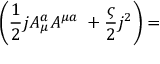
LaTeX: \left( \frac { 1 } { 2 } j A _ { \mu } ^ { a } A ^ { \mu a } \; + \frac { \varsigma } { 2 } j ^ { 2 } \right) =